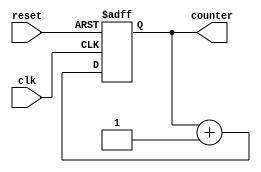
module TwoBitUp(input clk, reset, output[1:0] counter
    );
reg [1:0] counter_up;

always @(posedge clk or posedge reset)
begin
if(reset)
 counter_up <= 2'd0;
else
 counter_up <= counter_up + 2'd1;
end 
assign counter = counter_up;
endmodule